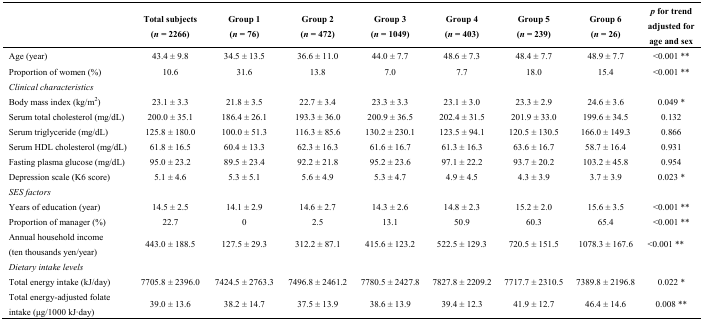
<table><thead><tr><td></td><td><b>Total subjects (<i>n</i> = 2266)</b></td><td><b>Group 1 (<i>n</i> = 76)</b></td><td><b>Group 2 (<i>n</i> = 472)</b></td><td><b>Group 3 (<i>n</i> = 1049)</b></td><td><b>Group 4 (<i>n</i> = 403)</b></td><td><b>Group 5 (<i>n</i> = 239)</b></td><td><b>Group 6 (<i>n</i> = 26)</b></td><td><b><i>p</i> for trend adjusted for age and sex</b></td></tr></thead><tbody><tr><td>Age (year)</td><td>43.4 ± 9.8</td><td>34.5 ± 13.5</td><td>36.6 ± 11.0</td><td>44.0 ± 7.7</td><td>48.6 ± 7.3</td><td>48.4 ± 7.7</td><td>48.9 ± 7.7</td><td>&lt;0.001 **</td></tr><tr><td>Proportion of women (%)</td><td>10.6</td><td>31.6</td><td>13.8</td><td>7.0</td><td>7.7</td><td>18.0</td><td>15.4</td><td>&lt;0.001 **</td></tr><tr><td colspan="9"><i>Clinical characteristics</i></td></tr><tr><td>Body mass index (kg/m<sup>2</sup>)</td><td>23.1 ± 3.3</td><td>21.8 ± 3.5</td><td>22.7 ± 3.4</td><td>23.3 ± 3.3</td><td>23.1 ± 3.0</td><td>23.3 ± 2.9</td><td>24.6 ± 3.6</td><td>0.049 *</td></tr><tr><td>Serum total cholesterol (mg/dL)</td><td>200.0 ± 35.1</td><td>186.4 ± 26.1</td><td>193.3 ± 36.0</td><td>200.9 ± 36.5</td><td>202.4 ± 31.5</td><td>201.9 ± 33.0</td><td>199.6 ± 34.5</td><td>0.132</td></tr><tr><td>Serum triglyceride (mg/dL)</td><td>125.8 ± 180.0</td><td>100.0 ± 51.3</td><td>116.3 ± 85.6</td><td>130.2 ± 230.1</td><td>123.5 ± 94.1</td><td>120.5 ± 130.5</td><td>166.0 ± 149.3</td><td>0.866</td></tr><tr><td>Serum HDL cholesterol (mg/dL)</td><td>61.8 ± 16.5</td><td>60.4 ± 13.3</td><td>62.3 ± 16.3</td><td>61.6 ± 16.7</td><td>61.3 ± 16.3</td><td>63.6 ± 16.7</td><td>58.7 ± 16.4</td><td>0.931</td></tr><tr><td>Fasting plasma glucose (mg/dL)</td><td>95.0 ± 23.2</td><td>89.5 ± 23.4</td><td>92.2 ± 21.8</td><td>95.2 ± 23.6</td><td>97.1 ± 22.2</td><td>93.7 ± 20.2</td><td>103.2 ± 45.8</td><td>0.954</td></tr><tr><td>Depression scale (K6 score)</td><td>5.1 ± 4.6</td><td>5.3 ± 5.1</td><td>5.6 ± 4.9</td><td>5.3 ± 4.7</td><td>4.9 ± 4.5</td><td>4.3 ± 3.9</td><td>3.7 ± 3.9</td><td>0.023 *</td></tr><tr><td colspan="9"><i>SES factors</i></td></tr><tr><td>Years of education (year)</td><td>14.5 ± 2.5</td><td>14.1 ± 2.9</td><td>14.6 ± 2.7</td><td>14.3 ± 2.6</td><td>14.8 ± 2.3</td><td>15.2 ± 2.0</td><td>15.6 ± 3.5</td><td>&lt;0.001 **</td></tr><tr><td>Proportion of manager (%)</td><td>22.7</td><td>0</td><td>2.5</td><td>13.1</td><td>50.9</td><td>60.3</td><td>65.4</td><td>&lt;0.001 **</td></tr><tr><td>Annual household income (ten thousands yen/year)</td><td>443.0 ± 188.5</td><td>127.5 ± 29.3</td><td>312.2 ± 87.1</td><td>415.6 ± 123.2</td><td>522.5 ± 129.3</td><td>720.5 ± 151.5</td><td>1078.3 ± 167.6</td><td>&lt;0.001 **</td></tr><tr><td colspan="9"><i>Dietary intake levels</i></td></tr><tr><td>Total energy intake (kJ/day)</td><td>7705.8 ± 2396.0</td><td>7424.5 ± 2763.3</td><td>7496.8 ± 2461.2</td><td>7780.5 ± 2427.8</td><td>7827.8 ± 2209.2</td><td>7717.7 ± 2310.5</td><td>7389.8 ± 2196.8</td><td>0.022 *</td></tr><tr><td>Total energy-adjusted folate intake (μg/1000 kJ·day)</td><td>39.0 ± 13.6</td><td>38.2 ± 14.7</td><td>37.5 ± 13.9</td><td>38.6 ± 13.9</td><td>39.4 ± 12.3</td><td>41.9 ± 12.7</td><td>46.4 ± 14.6</td><td>0.008 **</td></tr></tbody></table>